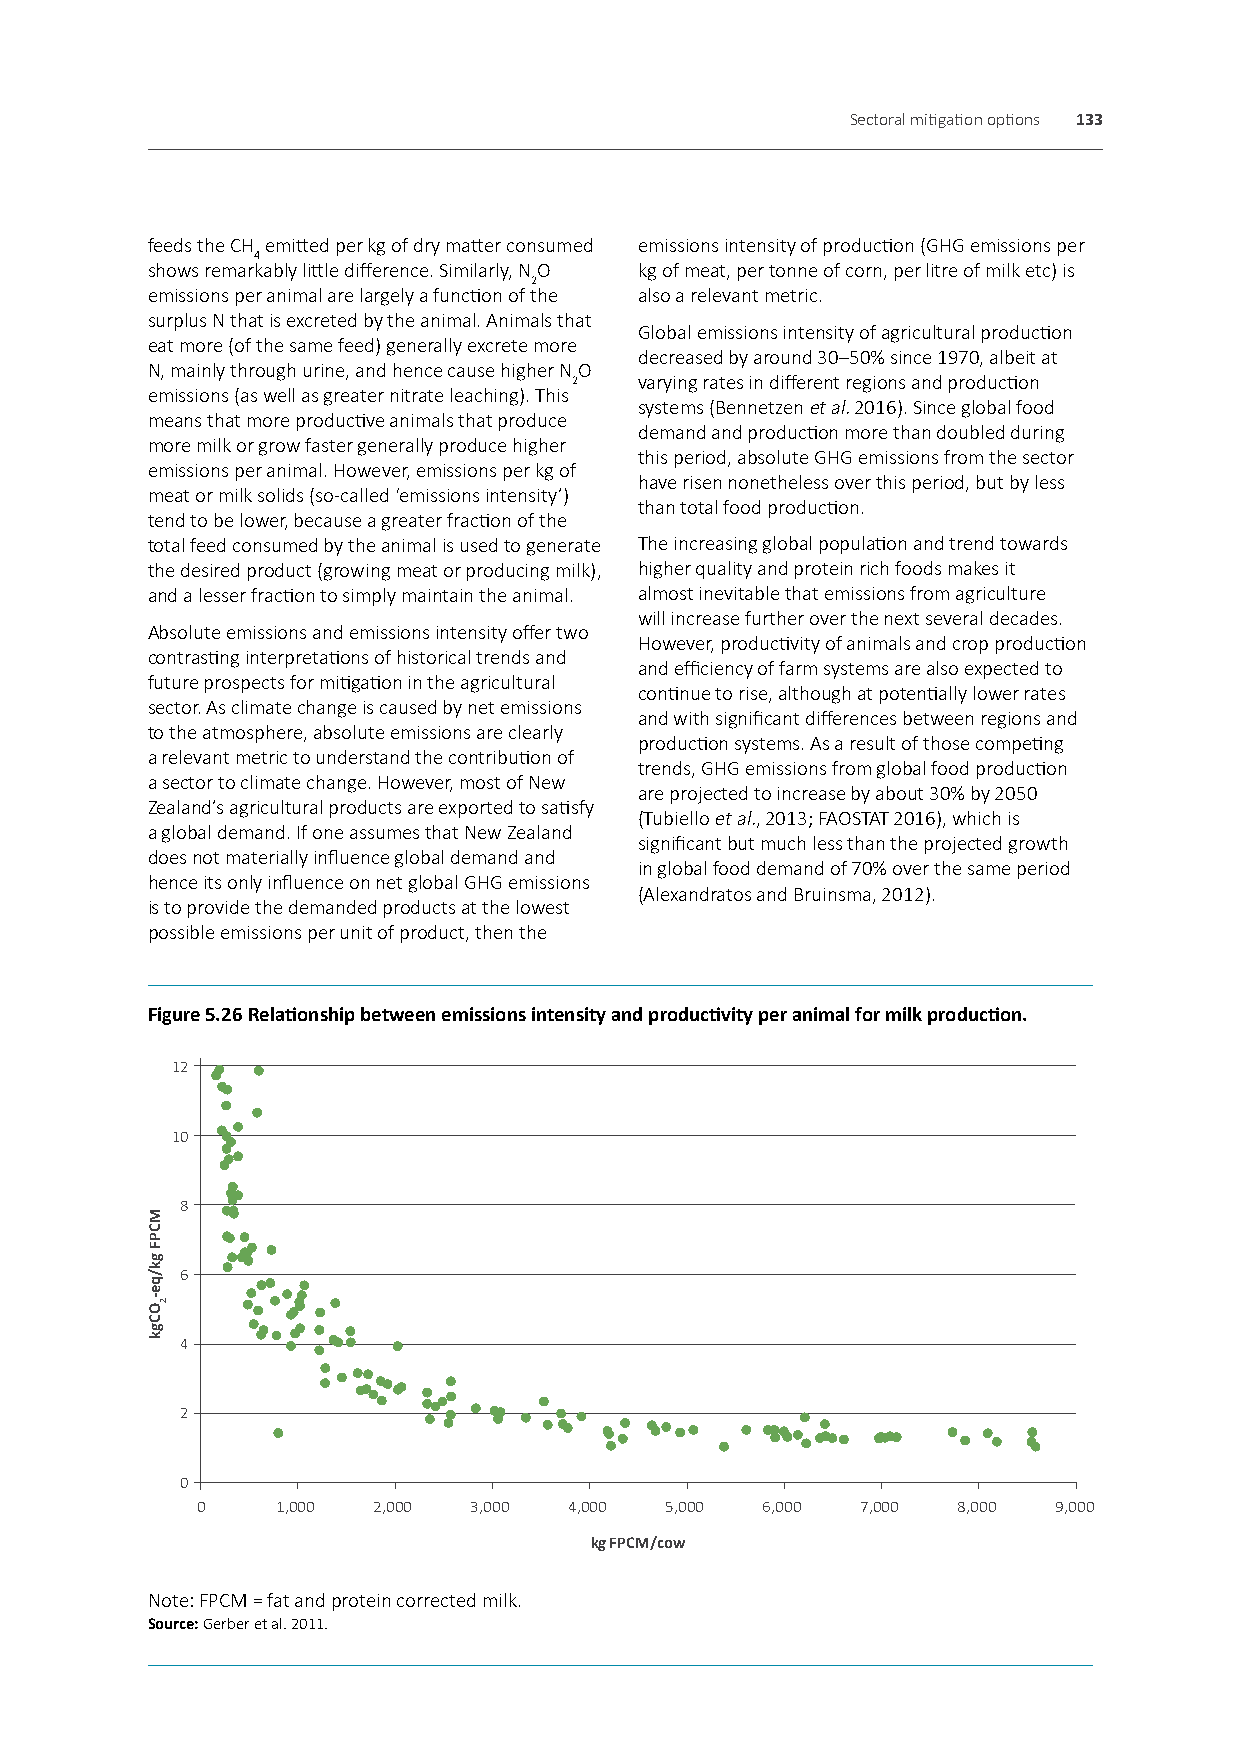
Sectoral mitigation options 133
 feeds the CH emitted per kg of dry matter consumed emissions intensity of production (GHG emissions per
 4
 shows remarkably little difference. Similarly, NO kg of meat, per tonne of corn, per litre of milk etc) is
 2
 emissions per animal are largely a function of the also a relevant metric.
 surplus N that is excreted by the animal. Animals that
 Global emissions intensity of agricultural production
 eat more (of the same feed) generally excrete more
 decreased by around 30–50% since 1970, albeit at
 N, mainly through urine, and hence cause higher NO
 2   varying rates in different regions and production
 emissions (as well as greater nitrate leaching). This
 systems (Bennetzen et al. 2016). Since global food
 means that more productive animals that produce
 demand and production more than doubled during
 more milk or grow faster generally produce higher
 this period, absolute GHG emissions from the sector
 emissions per animal. However, emissions per kg of
 have risen nonetheless over this period, but by less
 meat or milk solids (so-called ‘emissions intensity’)
 than total food production.
 tend to be lower, because a greater fraction of the
 total feed consumed by the animal is used to generate The increasing global population and trend towards
 the desired product (growing meat or producing milk), higher quality and protein rich foods makes it
 and a lesser fraction to simply maintain the animal. almost inevitable that emissions from agriculture
 will increase further over the next several decades.
 Absolute emissions and emissions intensity offer two
 However, productivity of animals and crop production
 contrasting interpretations of historical trends and
 and efficiency of farm systems are also expected to
 future prospects for mitigation in the agricultural
 continue to rise, although at potentially lower rates
 sector. As climate change is caused by net emissions
 and with significant differences between regions and
 to the atmosphere, absolute emissions are clearly
 production systems. As a result of those competing
 a relevant metric to understand the contribution of
 trends, GHG emissions from global food production
 a sector to climate change. However, most of New
 are projected to increase by about 30% by 2050
 Zealand’s agricultural products are exported to satisfy
 (Tubiello et al., 2013; FAOSTAT 2016), which is
 a global demand. If one assumes that New Zealand
 significant but much less than the projected growth
 does not materially influence global demand and
 in global food demand of 70% over the same period
 hence its only influence on net global GHG emissions
 (Alexandratos and Bruinsma, 2012).
 is to provide the demanded products at the lowest
 possible emissions per unit of product, then the
 Figure 5.26 Relationship between emissions intensity and productivity per animal for milk production.
 12
 10
 8
 6
 4
 2
 0
 0    1,000  2,000 3,000  4,000 5,000  6,000 7,000 8,000  9,000
 kg FPCM/cow
 Note: FPCM = fat and protein corrected milk.
 Source: Gerber et al. 2011.
 MCPF
 gk/qe-OCgk
 2